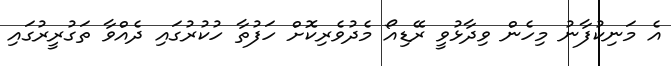
އެ މަނިކުފާނު މިހެން ވިދާޅުވީ ރޭޑިއޯ މެދުވެރިކޮށް ހަފުތާ ހުކުރުގައި ދެއްވާ ތަގުރީރުގައި